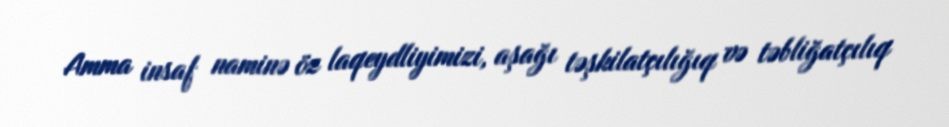
Amma insaf naminə öz laqeydliyimizi, aşağı təşkilatçılığıq və təbliğatçılıq